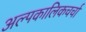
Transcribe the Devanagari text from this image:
अल्पकालिकचर्चा